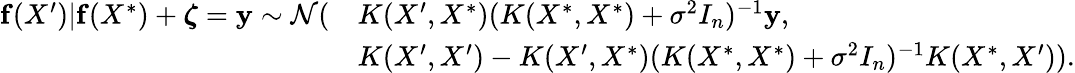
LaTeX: \begin{array}{rl}{\mathbf{f}(X^{\prime})\vert\mathbf{f}(X^{*})+\boldsymbol\zeta=\mathbf{y}\sim\mathcal{N}(}&{K(X^{\prime},X^{*})(K(X^{*},X^{*})+\sigma^{2}I_{n})^{-1}\mathbf{y},}\\ &{K(X^{\prime},X^{\prime})-K(X^{\prime},X^{*})(K(X^{*},X^{*})+\sigma^{2}I_{n})^{-1}K(X^{*},X^{\prime})).}\end{array}